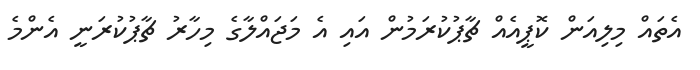
އެތައް މިލިއަން ކޮޕީއެއް ޗާޕުކުރަމުން އައި އެ މަޖައްލާގެ މިހާރު ޗާޕުކުރަނީ އެންމެ